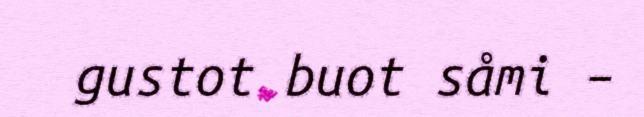
gustot buot såmi –